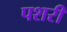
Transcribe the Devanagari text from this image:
पशरी